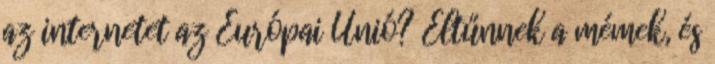
az internetet az Európai Unió? Eltűnnek a mémek, és